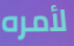
لأمره